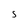
Character: S